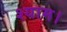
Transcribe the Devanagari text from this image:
श्याम।